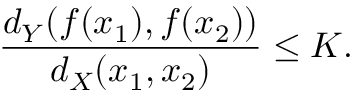
{ \frac { d _ { Y } ( f ( x _ { 1 } ) , f ( x _ { 2 } ) ) } { d _ { X } ( x _ { 1 } , x _ { 2 } ) } } \leq K .